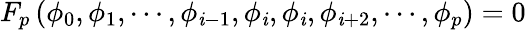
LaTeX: F_{p}\left(\phi_{0},\phi_{1},\cdots,\phi_{\mathit{i}-1},\phi_{\mathit{i}},\phi_{\mathit{i}},\phi_{\mathit{i}+2},\cdots,\phi_{p}\right)=0